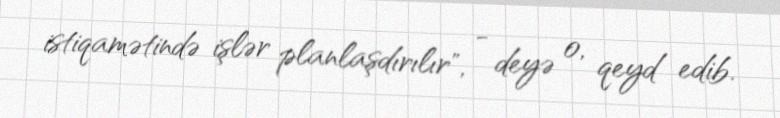
istiqamətində işlər planlaşdırılır", - deyə o, qeyd edib.